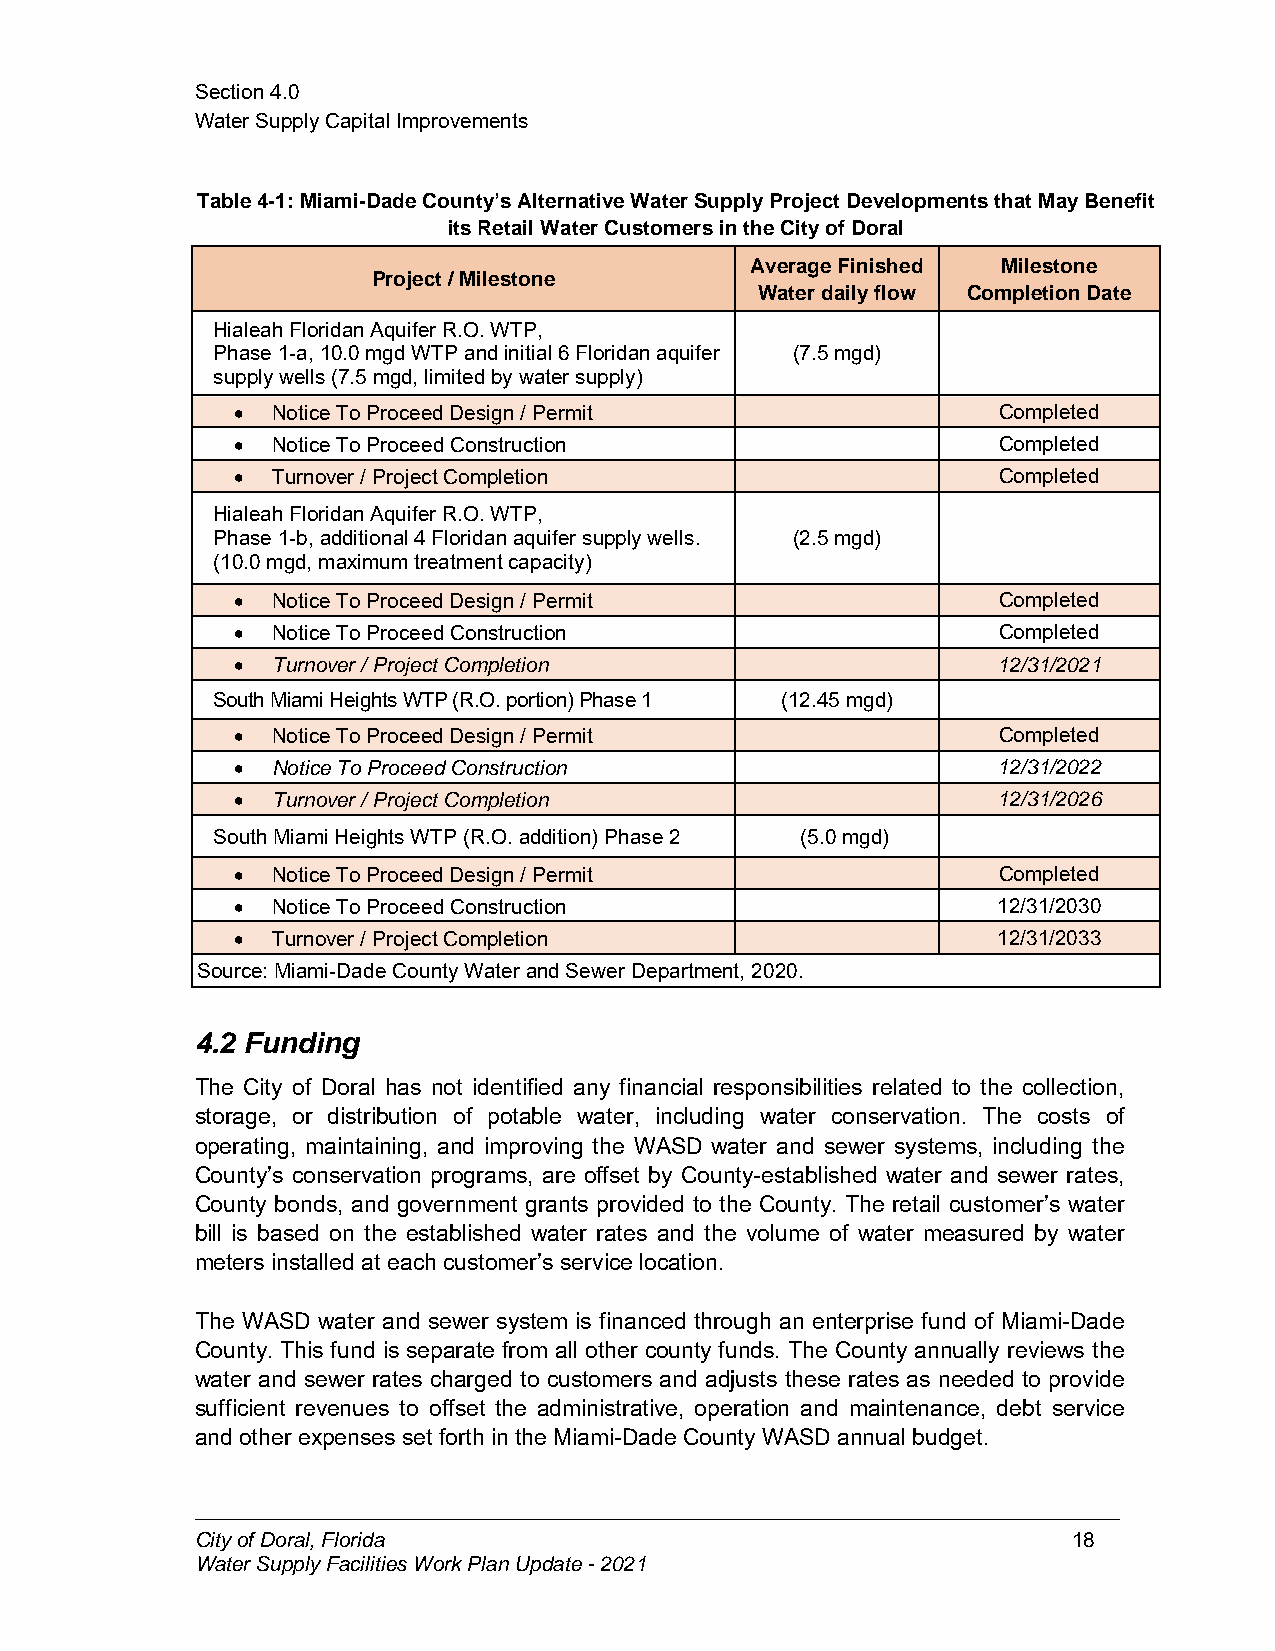
Section4.0
 WaterSupplyCapitalImprovements
 Table4-1:Miami-DadeCounty’sAlternativeWaterSupplyProjectDevelopmentsthatMayBenefit
 itsRetailWaterCustomersintheCityofDoral
 AverageFinished Milestone
 Project/Milestone
 Waterdailyflow CompletionDate
 HialeahFloridanAquiferR.O.WTP,
 Phase1-a,10.0mgdWTPandinitial6Floridanaquifer (7.5mgd)
 supplywells(7.5mgd,limitedbywatersupply)
  NoticeToProceedDesign/Permit                    Completed
  NoticeToProceedConstruction                     Completed
  Turnover/ProjectCompletion                      Completed
 HialeahFloridanAquiferR.O.WTP,
 Phase1-b,additional4Floridanaquifersupplywells. (2.5mgd)
 (10.0mgd,maximumtreatmentcapacity)
  NoticeToProceedDesign/Permit                    Completed
  NoticeToProceedConstruction                     Completed
  Turnover/ProjectCompletion                      12/31/2021
 SouthMiamiHeightsWTP(R.O.portion)Phase1 (12.45mgd)
  NoticeToProceedDesign/Permit                    Completed
  NoticeToProceedConstruction                     12/31/2022
  Turnover/ProjectCompletion                      12/31/2026
 SouthMiamiHeightsWTP(R.O.addition)Phase2 (5.0mgd)
  NoticeToProceedDesign/Permit                    Completed
  NoticeToProceedConstruction                     12/31/2030
  Turnover/ProjectCompletion                      12/31/2033
 Source:Miami-DadeCountyWaterandSewerDepartment,2020.
 4.2 Funding
 The City of Doral has not identified any financial responsibilities related to the collection,
 storage, or distribution of potable water, including water conservation. The costs of
 operating, maintaining, and improving the WASD water and sewer systems, including the
 County’s conservation programs, are offset by County-established water and sewer rates,
 County bonds, and government grants provided to the County. The retail customer’s water
 bill is based on the established water rates and the volume of water measured by water
 meters installed at eachcustomer’s service location.
 The WASD water and sewer system is financed through an enterprise fund of Miami-Dade
 County. This fund is separate from all other county funds. The County annually reviews the
 water and sewer rates charged to customers and adjusts these rates as needed to provide
 sufficient revenues to offset the administrative, operation and maintenance, debt service
 and other expenses set forthin theMiami-Dade County WASD annual budget.
 CityofDoral,Florida                                       18
 WaterSupplyFacilitiesWorkPlanUpdate-2021